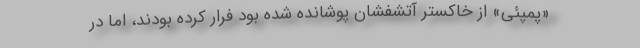
«پمپئی» از خاکستر آتشفشان پوشانده شده بود فرار کرده بودند، اما در